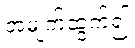
အမျက်ထွက်၍